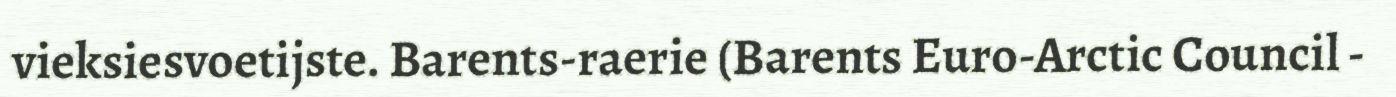
vieksiesvoetijste. Barents-raerie (Barents Euro-Arctic Council -